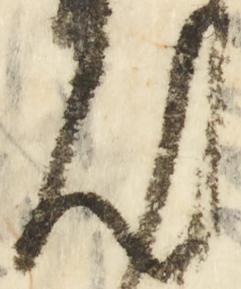
汰